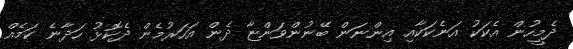
ދެމީހުން އެކަކު އަނެކަކާއި އިންނަން ބޭނުންވަންޏާ ދެން އަހަރުމެން ދެކޮޅު ހަދާނެ ކަމެއް